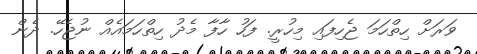
ވަރަށް ހިތްހަމަ ޖެހިފައި މިހުރީ. ފަހު ހާފާ މެދު ހިތްހަމައެއް ނުޖެހޭ. ދެން